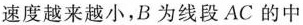
速度越来越小，B为线段AC的中